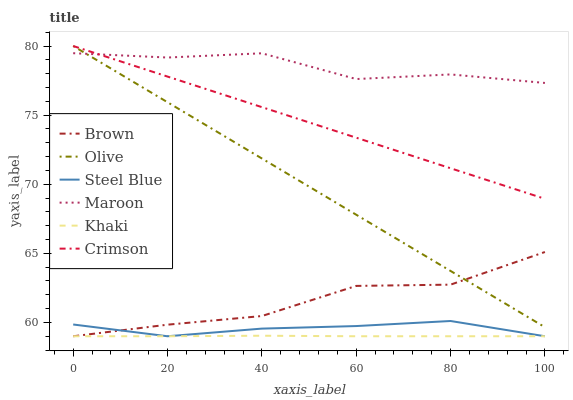
| xaxis_label | Brown | Olive | Steel Blue | Maroon | Khaki | Crimson |
 | --- | --- | --- | --- | --- | --- | --- |
 | 0 | 59 | 80 | 59.9 | 79.5 | 59 | 80 |
 | 20 | 59.8 | 75.9 | 59 | 79.2 | 59 | 77.8 |
 | 40 | 60.5 | 71.9 | 59.6 | 79.5 | 59 | 75.6 |
 | 60 | 62.6 | 67.8 | 59.7 | 77.6 | 59 | 73.4 |
 | 80 | 62.7 | 63.7 | 60.1 | 77.9 | 59 | 71.2 |
 | 100 | 65.1 | 59.7 | 59 | 77.3 | 59 | 68.9 |